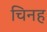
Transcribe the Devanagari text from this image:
चिनह